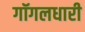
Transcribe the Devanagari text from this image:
गॉगलधारी